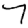
Digit: 7